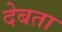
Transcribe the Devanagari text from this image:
देबता